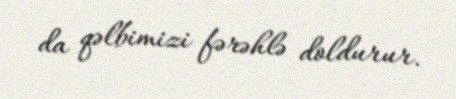
da qəlbimizi fərəhlə doldurur.